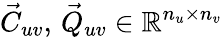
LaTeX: \vec{C}_{uv},\, \vec{Q}_{uv}\in\mathbb R^{n_{u}\times n_{v}}